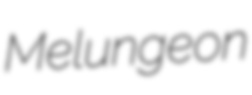
Melungeon